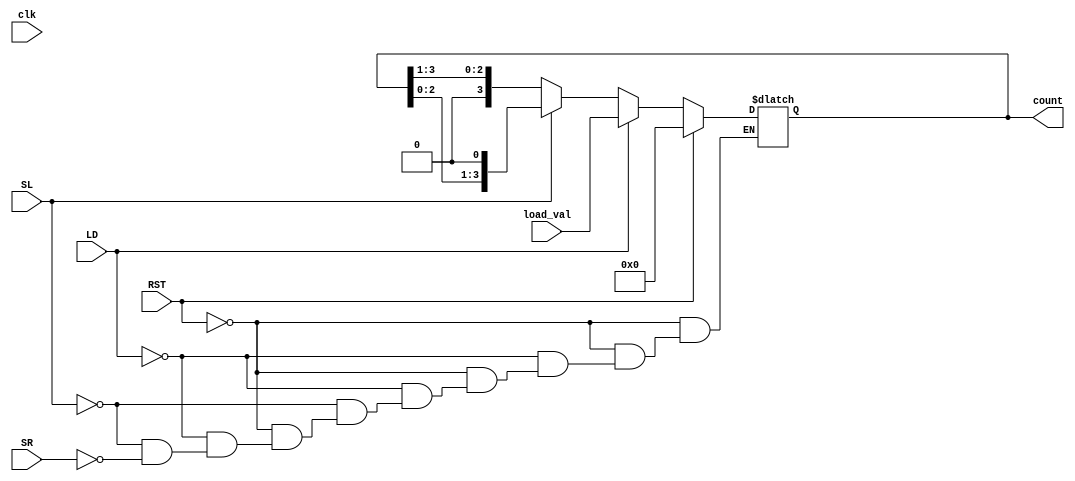
module async_shift_counter (
    input wire clk,           // Clock input (not used in this asynchronous design)
    input wire SL,           // Shift Left control signal
    input wire SR,           // Shift Right control signal
    input wire LD,           // Load control signal
    input wire RST,          // Reset control signal
    input wire [3:0] load_val, // Value to load into the counter
    output reg [3:0] count    // Current count output
);

    always @(*) begin
        if (RST) begin
            count = 4'b0000; // Reset the counter
        end else if (LD) begin
            count = load_val; // Load the preset value
        end else if (SL) begin
            count = {count[2:0], 1'b0}; // Shift left, LSB filled with 0
        end else if (SR) begin
            count = {1'b0, count[3:1]}; // Shift right, MSB filled with 0
        end
    end

endmodule